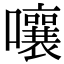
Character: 嚷